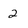
Character: 2